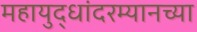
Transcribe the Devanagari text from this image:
महायुद्धांदरम्यानच्या